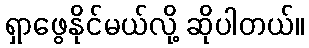
ရှာဖွေနိုင်မယ်လို့ ဆိုပါတယ်။